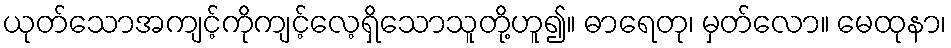
ယုတ်သောအကျင့်ကိုကျင့်လေ့ရှိသောသူတို့ဟူ၍။ ဓာရေတု၊ မှတ်လော။ မေထုနာ၊